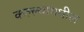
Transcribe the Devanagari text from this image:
कल्ल्यांमधील